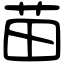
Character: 苗